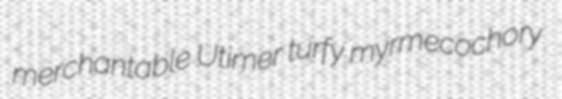
merchantable Utimer turfy myrmecochory